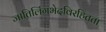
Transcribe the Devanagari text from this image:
जातिलिंगभेदविरहितता